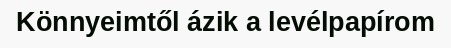
Könnyeimtől ázik a levélpapírom